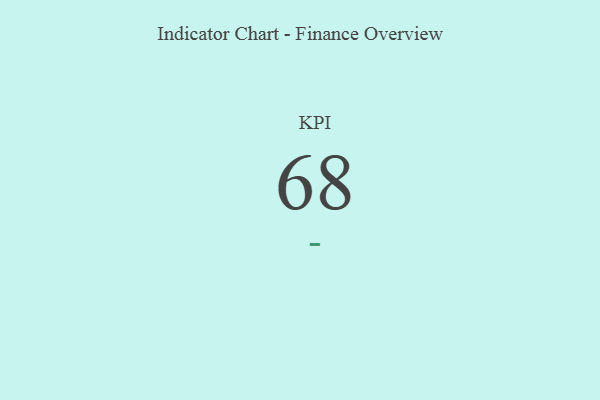
{"axis": {"x": "KPI", "y": "Value"}, "legend": [""], "data": [{"x": "KPI", "y": 68, "type": ""}]}